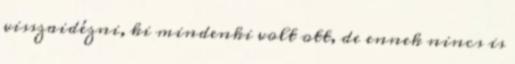
visszaidézni, ki mindenki volt ott, de ennek nincs is